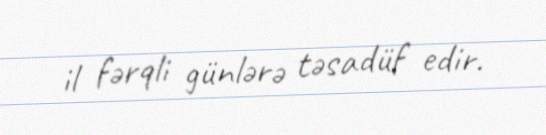
il fərqli günlərə təsadüf edir.